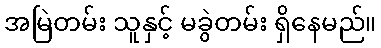
အမြဲတမ်း သူနှင့် မခွဲတမ်း ရှိနေမည်။